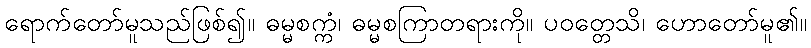
ရောက်တော်မူသည်ဖြစ်၍။ ဓမ္မစက္ကံ၊ ဓမ္မစကြာတရားကို။ ပဝတ္တေသိ၊ ဟောတော်မူ၏။